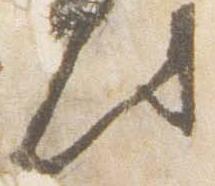
件